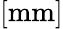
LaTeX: [\mathrm{mm}]